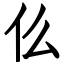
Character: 仫